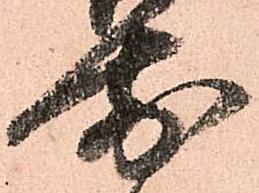
前